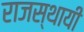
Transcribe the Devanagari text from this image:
राजस्थायी